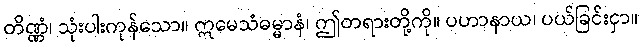
တိဏ္ဏံ၊ သုံးပါးကုန်သော။ ဣမေသံဓမ္မာနံ၊ ဤတရားတို့ကို။ ပဟာနာယ၊ ပယ်ခြင်းငှာ။